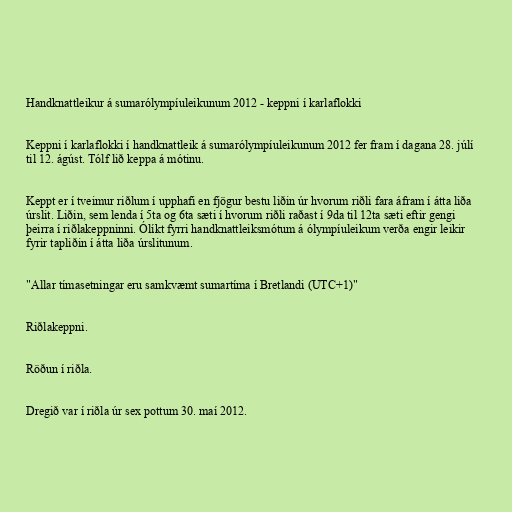
Handknattleikur á sumarólympíuleikunum 2012 - keppni í karlaflokki

Keppni í karlaflokki í handknattleik á sumarólympíuleikunum 2012 fer fram í dagana 28. júlí
til 12. ágúst. Tólf lið keppa á mótinu.

Keppt er í tveimur riðlum í upphafi en fjögur bestu liðin úr hvorum riðli fara áfram í átta liða
úrslit. Liðin, sem lenda í 5ta og 6ta sæti í hvorum riðli raðast í 9da til 12ta sæti eftir gengi
þeirra í riðlakeppninni. Ólíkt fyrri handknattleiksmótum á ólympíuleikum verða engir leikir
fyrir tapliðin í átta liða úrslitunum.

"Allar tímasetningar eru samkvæmt sumartíma í Bretlandi (UTC+1)"

Riðlakeppni.

Röðun í riðla.

Dregið var í riðla úr sex pottum 30. maí 2012.